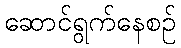
ဆောင်ရွက်နေစဉ်